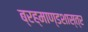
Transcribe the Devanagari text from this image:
ब्रह्माण्डशास्त्र